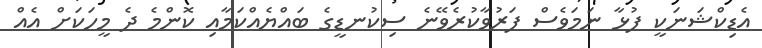
އެޑިކްޝަނަކީ ފުޅާ ނަމަވެސް ފަރުވާކުރެވޭނެ ސިކުނޑީގެ ބައްޔެއްކަމާއި ކޮންމެ ދެ މީހަކަށް އެއް